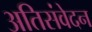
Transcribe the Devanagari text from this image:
अतिसंवेदन